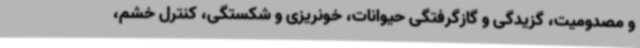
و مصدومیت، گزیدگی و گازگرفتگی حیوانات، خونریزی و شکستگی، کنترل خشم،